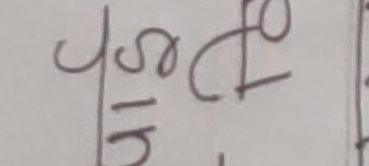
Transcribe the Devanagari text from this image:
४।१५ डोठो